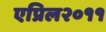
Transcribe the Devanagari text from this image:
एप्रिल२०११